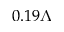
0 . 1 9 \Lambda